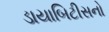
ડાયાબિટીસનો